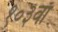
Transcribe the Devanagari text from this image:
१०३वाँ